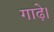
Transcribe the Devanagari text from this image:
गाढ़े।